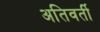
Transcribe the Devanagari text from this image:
अतिवर्ती